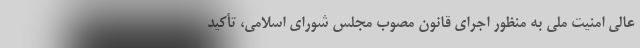
عالی امنیت ملی به منظور اجرای قانون مصوب مجلس شورای اسلامی، تأکید